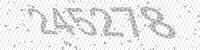
Solution: 245278